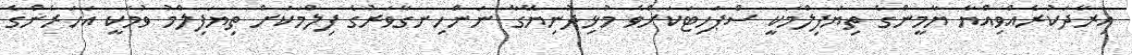
އިރާދަކުރެއްވިއްޔާ ޔާމީންގެ ތިޔަފިލްމަކީ ސްޕަހިޓަކަށްވެ މުޅިދުނިޔޭގާ ނަންހިނގާވަރުގެ ފިލްމަކަށް ތިޔަފިލްމު ވުމަކީ އަހަރެންގެ